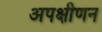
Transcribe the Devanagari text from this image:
अपक्षीणन